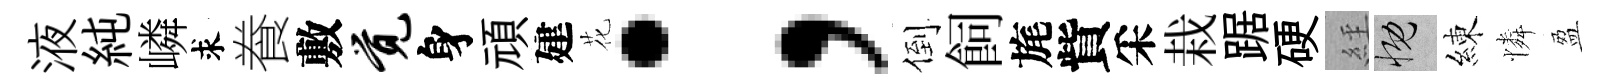
液純嶙求飬敷觉身頑建花；倒飼旄貲采栽踞硬𦀇慨練憐盈